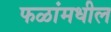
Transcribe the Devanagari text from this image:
फळांमधील